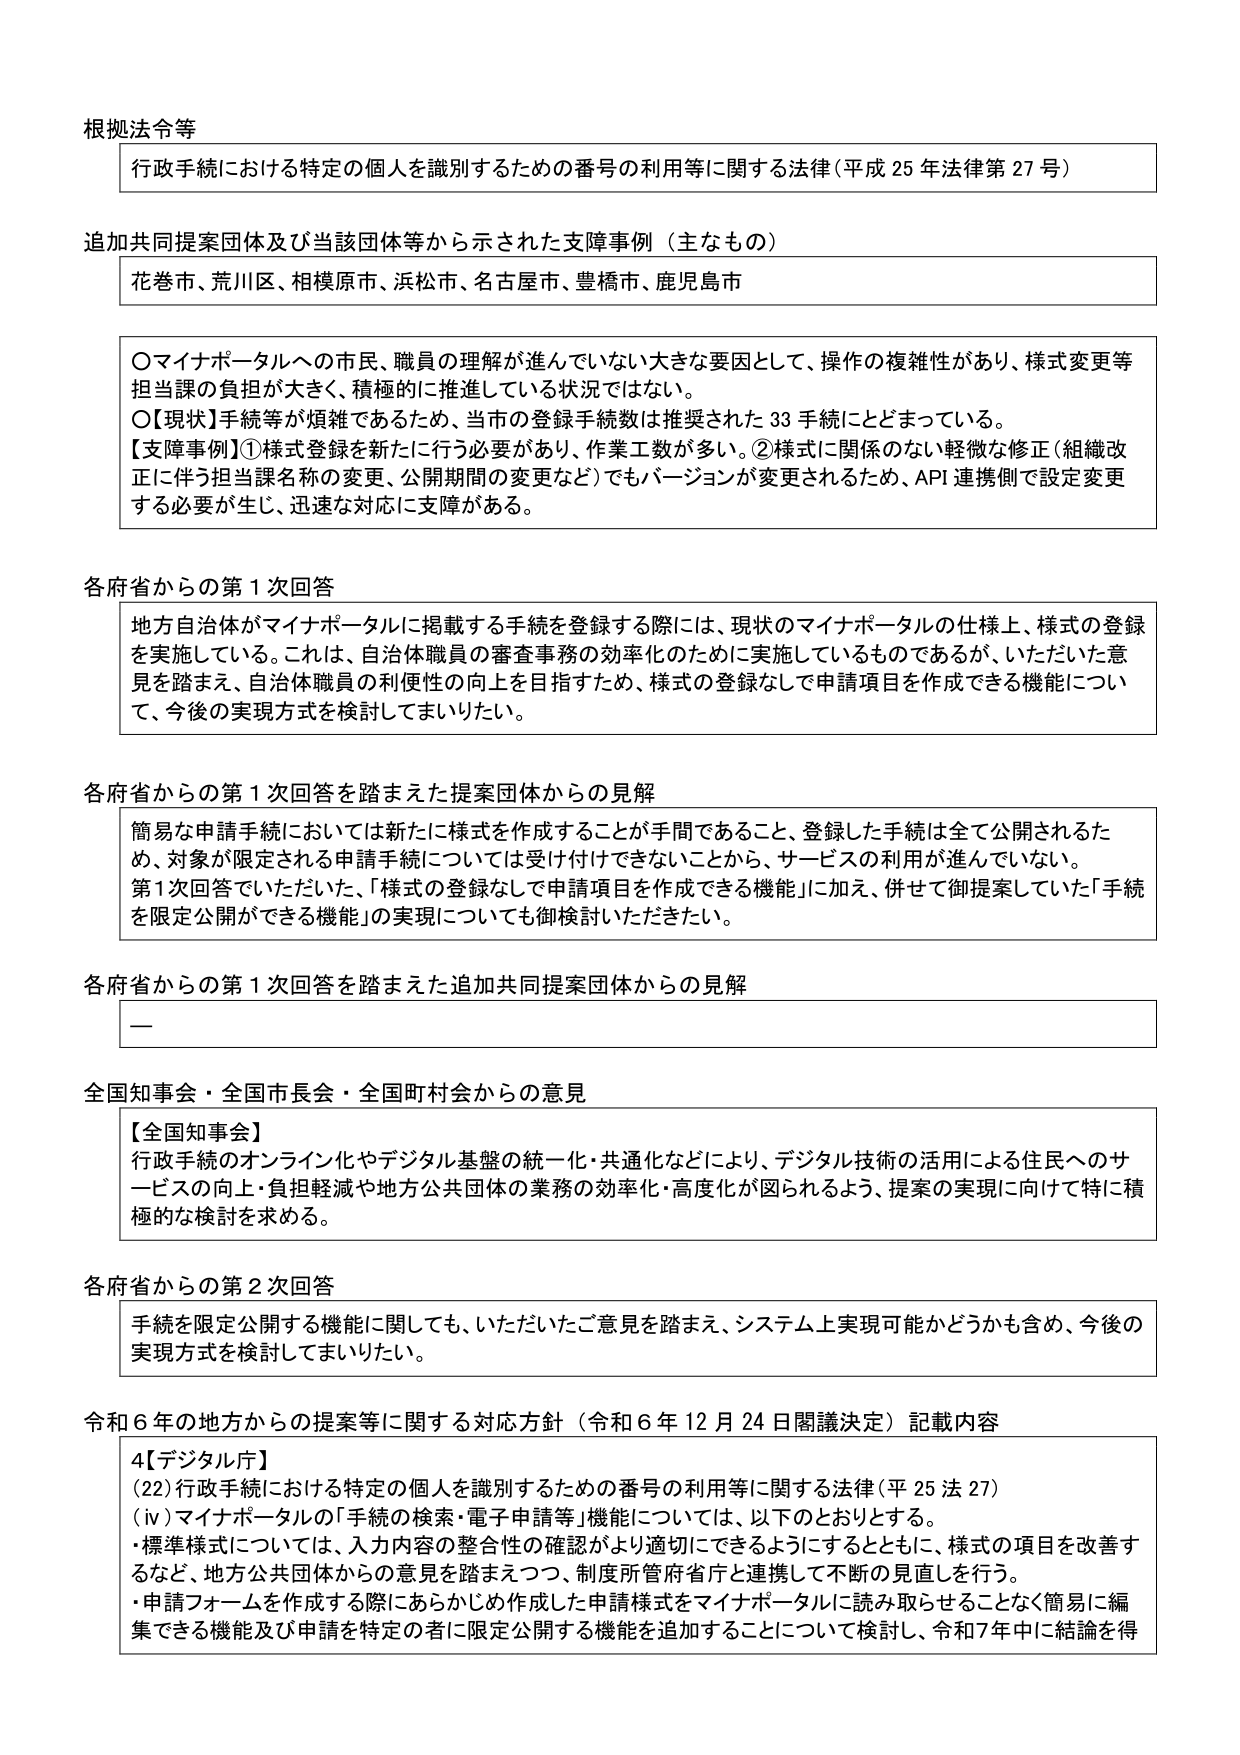
根拠法令等
行政手続における特定の個人を識別するための番号の利用等に関する法律（平成25年法律第27号）

追加共同提案団体及び当該団体等から示された支障事例（主なもの）
花巻市、荒川区、相模原市、浜松市、名古屋市、豊橋市、鹿児島市

〇マイナポータルへの市民、職員の理解が進んでいない大きな要因として、操作の複雑性があり、様式変更等担当課の負担が大きく、積極的に推進している状況ではない。
〇【現状】手続等が煩雑であるため、当市の登録手続数は推奨された33手続にとどまっている。
【支障事例】①様式登録を新たに行う必要があり、作業工数が多い。②様式に関係のない軽微な修正（組織改正に伴う担当課名称の変更、公開期間の変更など）でもバージョンが変更されるため、API連携側で設定変更する必要が生じ、迅速な対応に支障がある。

各府省からの第1次回答
地方自治体がマイナポータルに掲載する手続を登録する際には、現状のマイナポータルの仕様上、様式の登録を実施している。これは、自治体職員の審査事務の効率化のために実施しているものであるが、いただいた意見を踏まえ、自治体職員の利便性の向上を目指すため、様式の登録なしで申請項目を作成できる機能について、今後の実現方式を検討してまいりたい。

各府省からの第1次回答を踏まえた提案団体からの見解
簡易な申請手続においては新たに様式を作成することが手間であること、登録した手続は全て公開されるため、対象が限定される申請手続については受け付けできないことから、サービスの利用が進んでいない。
第1次回答でいただいた、「様式の登録なしで申請項目を作成できる機能」に加え、併せて御提案していた「手続を限定公開ができる機能」の実現についても御検討いただきたい。

各府省からの第1次回答を踏まえた追加共同提案団体からの見解
ー

全国知事会・全国市長会・全国町村会からの意見
【全国知事会】
行政手続のオンライン化やデジタル基盤の統一化・共通化などにより、デジタル技術の活用による住民へのサービスの向上・負担軽減や地方公共団体の業務の効率化・高度化が図られるよう、提案の実現に向けて特に積極的な検討を求める。

各府省からの第2次回答
手続を限定公開する機能に関しても、いただいたご意見を踏まえ、システム上実現可能かどうかも含め、今後の実現方式を検討してまいりたい。

令和6年の地方からの提案等に関する対応方針（令和6年12月24日閣議決定）記載内容
4【デジタル庁】
（22）行政手続における特定の個人を識別するための番号の利用等に関する法律（平25法27）
（ⅳ）マイナポータルの「手続の検索・電子申請等」機能については、以下のとおりとする。
・標準様式については、入力内容の整合性の確認がより適切にできるようにするとともに、様式の項目を改善するなど、地方公共団体からの意見を踏まえつつ、制度所管府省庁と連携して不断の見直しを行う。
・申請フォームを作成する際にあらかじめ作成した申請様式をマイナポータルに読み取らせることなく簡易に編集できる機能及び申請を特定の者に限定公開する機能を追加することについて検討し、令和7年中に結論を得